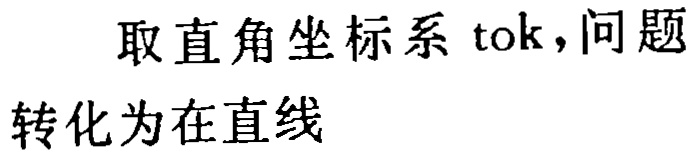
取直角坐标系tok,问题转化为在直线